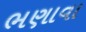
ભણાવા